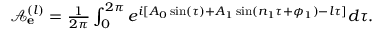
\begin{array} { r } { \mathcal { A } _ { \bf e } ^ { ( l ) } = \frac { 1 } { 2 \pi } \int _ { 0 } ^ { 2 \pi } e ^ { i [ A _ { 0 } \sin ( \tau ) + A _ { 1 } \sin ( n _ { 1 } \tau + \phi _ { 1 } ) - l \tau ] } d \tau . } \end{array}